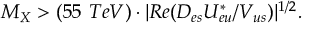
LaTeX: M _ { X } > ( 5 5 ~ T e V ) \cdot | R e ( { { \cal D } _ { e s } { \cal U } _ { e u } ^ { * } } / { V _ { u s } } ) | ^ { 1 / 2 } .